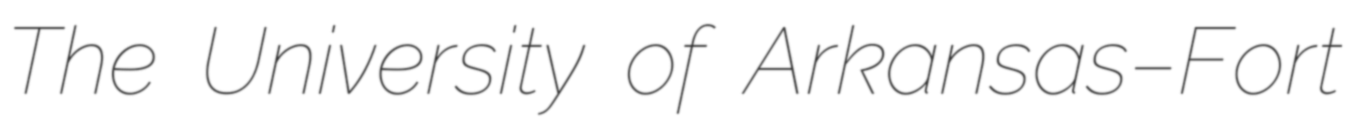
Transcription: The University of Arkansas–Fort